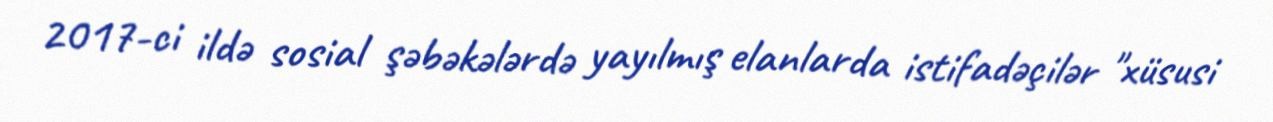
2017-ci ildə sosial şəbəkələrdə yayılmış elanlarda istifadəçilər "xüsusi